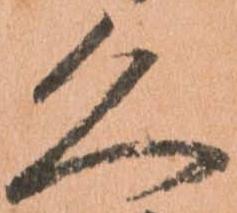
久